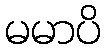
မမာပိ